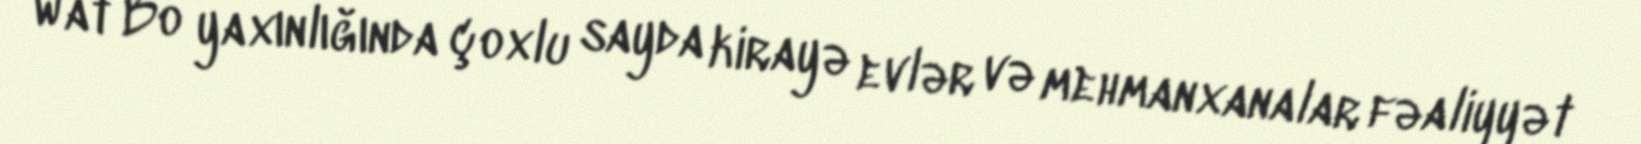
Wat Bo yaxınlığında çoxlu sayda kirayə evlər və mehmanxanalar fəaliyyət